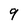
Character: 9